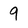
Character: 9